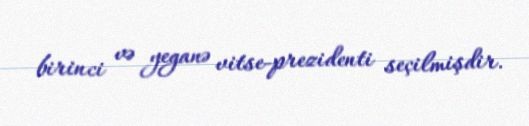
birinci və yeganə vitse-prezidenti seçilmişdir.